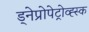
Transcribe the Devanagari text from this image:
ड्नेप्रोपेट्रोव्ह्स्क